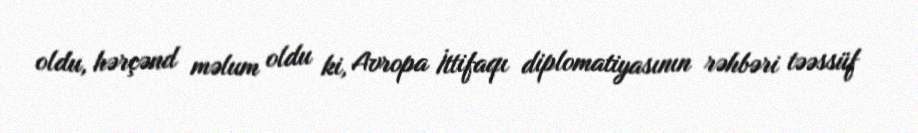
oldu, hərçənd məlum oldu ki, Avropa İttifaqı diplomatiyasının rəhbəri təəssüf